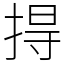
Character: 㧹